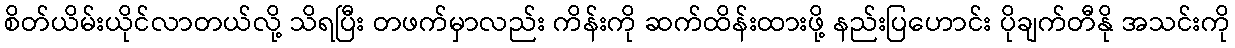
စိတ်ယိမ်းယိုင်လာတယ်လို့ သိရပြီး တဖက်မှာလည်း ကိန်းကို ဆက်ထိန်းထားဖို့ နည်းပြဟောင်း ပိုချက်တီနို အသင်းကို